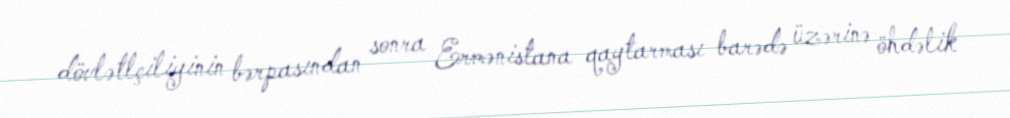
dövlətlçiliyinin bərpasından sonra Ermənistana qaytarması barədə üzərinə öhdəlik